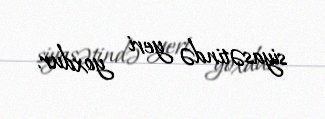
siyasətində yeri yoxdur.